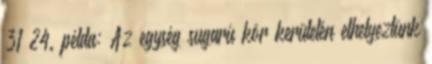
31 24. példa: Az egység sugarú kör kerületén elhelyeztünk